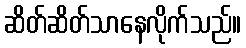
ဆိတ်ဆိတ်သာနေလိုက်သည်။